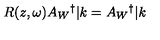
R ( z , \omega ) A _ { W } { } ^ { \dag } | k = A _ { W } { } ^ { \dag } | k